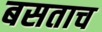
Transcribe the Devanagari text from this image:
बसताच